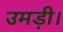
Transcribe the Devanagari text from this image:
उमड़ी।